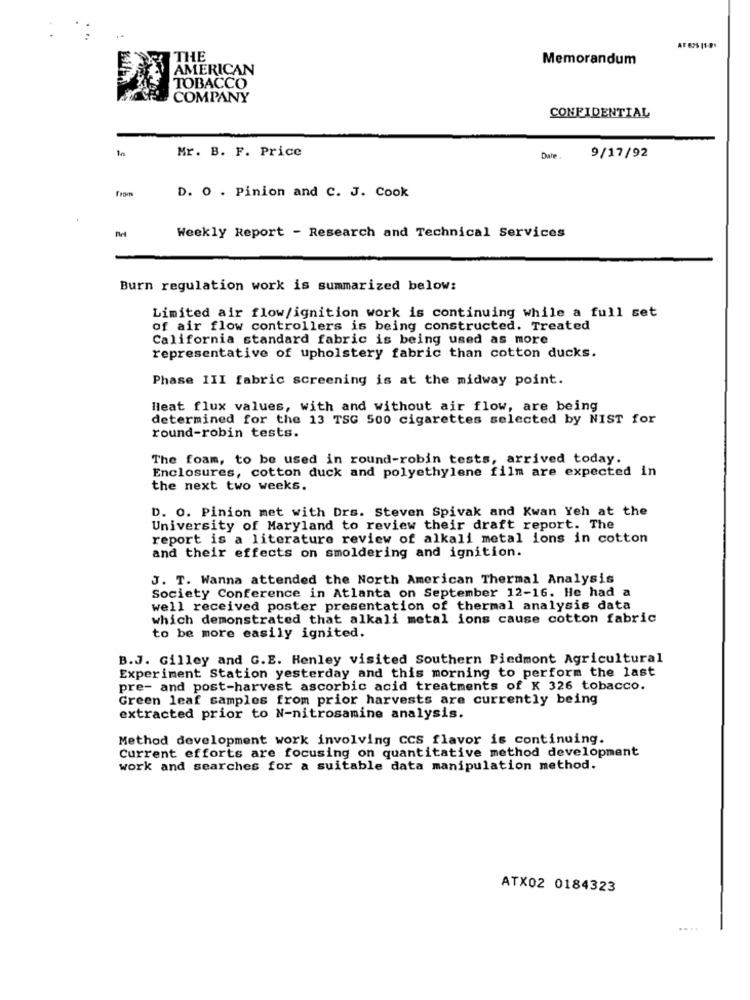
AT 625 11-91
841
THE
Memorandum
AMERICAN
TOBACCO
COMPANY
CONFIDENTIAL
Mr. B. F. Price
Dale
9/17/92
From
D. O . Pinion and C. J. Cook
Weekly Report - Research and Technical Services
Burn regulation work is summarized below:
Limited air flow/ignition work is continuing while a full set
of air flow controllers is being constructed. Treated
California standard fabric is being used as more
representative of upholstery fabric than cotton ducks.
Phase III fabric screening is at the midway point.
Heat flux values, with and without air flow, are being
determined for the 13 TSG 500 cigarettes selected by NIST for
round-robin tests.
The foam, to be used in round-robin tests, arrived today.
Enclosures, cotton duck and polyethylene film are expected in
the next two weeks.
D. O. Pinion met with Drs. Steven Spivak and Kwan Yeh at the
University of Maryland to review their draft report. The
report is a literature review of alkali metal ions in cotton
and their effects on smoldering and ignition.
J. T. Wanna attended the North American Thermal Analysis
Society Conference in Atlanta on September 12-16. He had a
well received poster presentation of thermal analysis data
which demonstrated that alkali metal ions cause cotton fabric
to be more easily ignited.
B.J. Gilley and G.E. Henley visited Southern Piedmont Agricultural
Experiment Station yesterday and this morning to perform the last
pre- and post-harvest ascorbic acid treatments of K 326 tobacco.
Green leaf samples from prior harvests are currently being
extracted prior to N-nitrosamine analysis.
Method development work involving CCS flavor is continuing.
Current efforts are focusing on quantitative method development
work and searches for a suitable data manipulation method.
ATX02 0184323
....